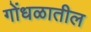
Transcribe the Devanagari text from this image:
गोंधळातील